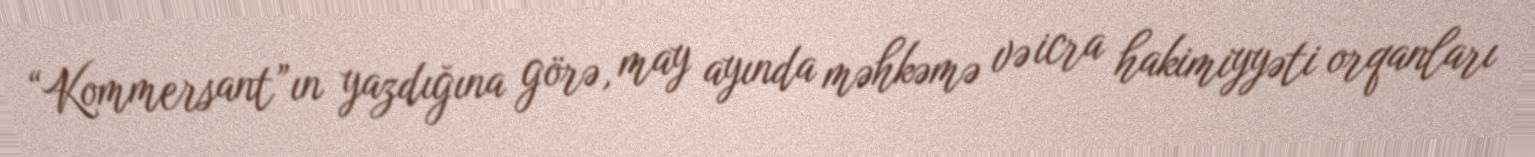
“Kommersant”ın yazdığına görə, may ayında məhkəmə və icra hakimiyyəti orqanları